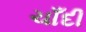
ચાઁદી